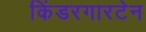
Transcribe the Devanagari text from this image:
किंडरगारटेन